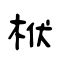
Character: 栿